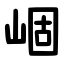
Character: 崓